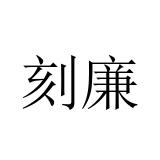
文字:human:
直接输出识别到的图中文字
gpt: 刻廉